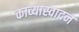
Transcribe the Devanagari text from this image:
काव्यास्वादन